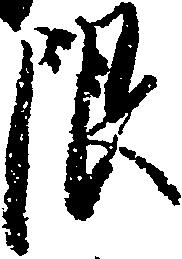
限